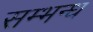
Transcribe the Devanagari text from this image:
सम्भन्ध